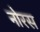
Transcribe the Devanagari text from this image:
नोरस